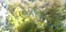
લોકવિભાગ